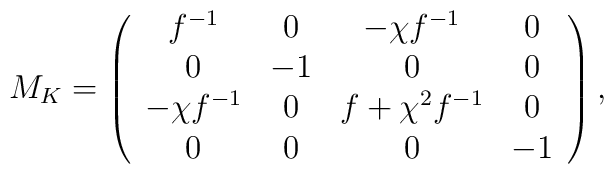
M_{K}=\left(\begin{array}{cccc}f^{-1}&0&-\chi f^{-1}&0\\ 0&-1&0&0\\ -\chi f^{-1}&0&f+\chi^2f^{-1}&0\\ 0&0&0&-1\\\end{array}\right) ,